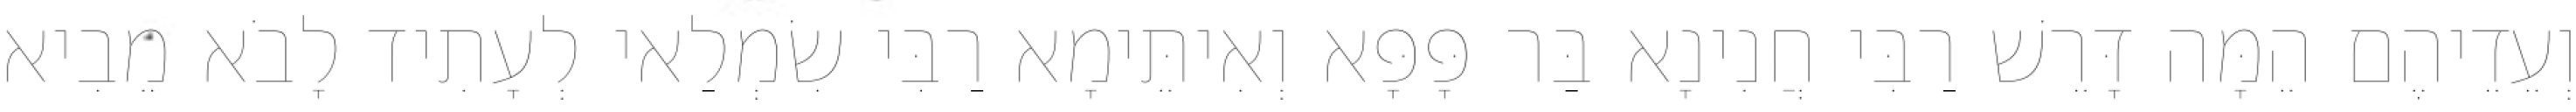
וְעֵדֵיהֶם הֵמָּה דָּרֵשׁ רַבִּי חֲנִינָא בַּר פָּפָּא וְאִיתֵּימָא רַבִּי שִׂמְלַאי לְעָתִיד לָבֹא מֵבִיא